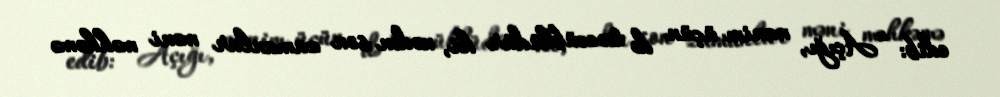
edib: “Açığı, mənim üçün də təəccüblüdür ki, nədən son zamanlar məni məhkəmə